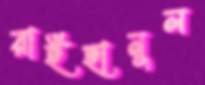
রাইহানুল